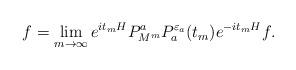
LaTeX: \begin{align*}\begin{aligned}f=\lim_{m\to\infty}e^{it_mH}P^a_{M^m}P_a^{{\varepsilon}_a}(t_m)e^{-it_mH}f.\end{aligned}\end{align*}